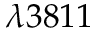
\lambda 3 8 1 1